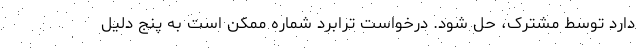
دارد توسط مشترک، حل شود. درخواست ترابرد شماره ممکن است به پنج دلیل